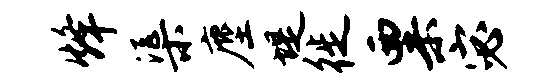
烽渠麈堤徙粟宓